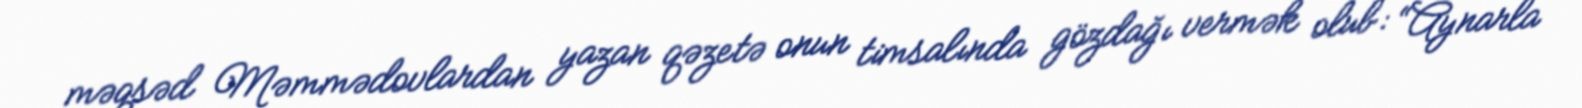
məqsəd Məmmədovlardan yazan qəzetə onun timsalında gözdağı vermək olub: “Aynarla